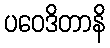
ပဝေဒိတာနိ